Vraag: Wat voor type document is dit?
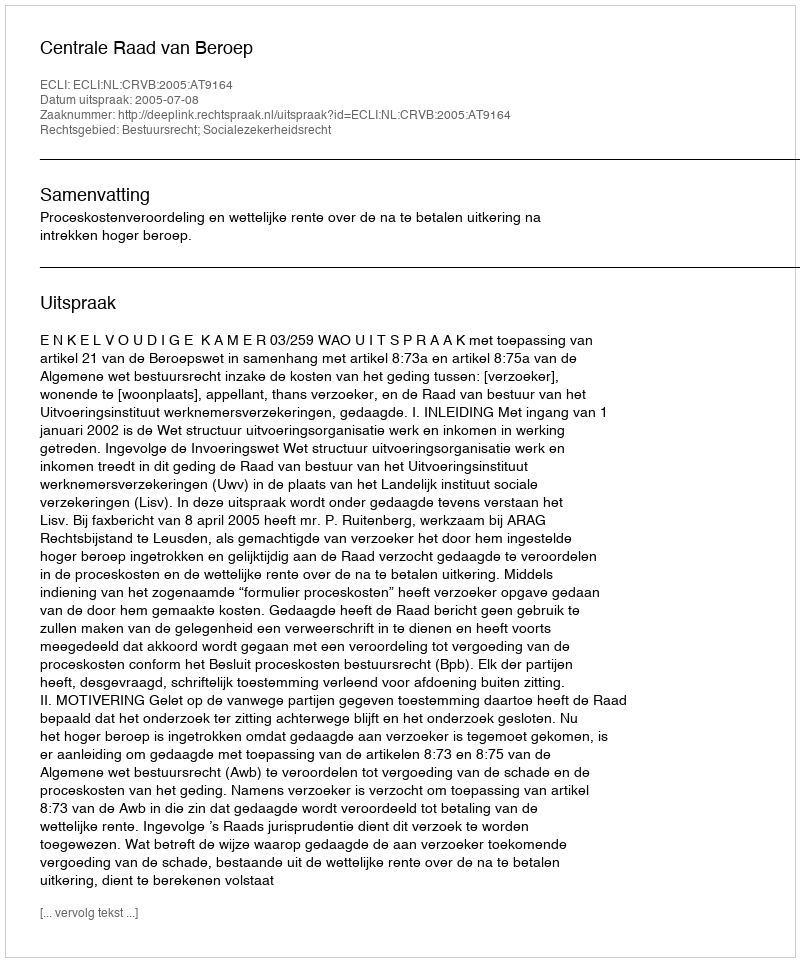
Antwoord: Uitspraak